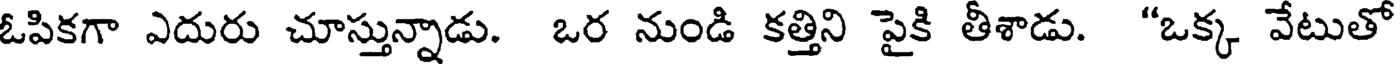
ఓపికగా ఎదురు చూస్తున్నాడు. ఒర నుండి కత్తిని పైకి తీశాడు. "ఒక్క వేటుతో